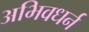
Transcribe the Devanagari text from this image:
अभिवधर्न